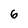
Character: 6